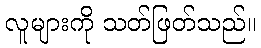
လူများကို သတ်ဖြတ်သည်။